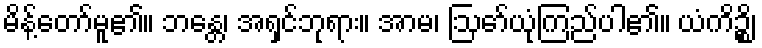
မိန့်တော်မူ၏။ ဘန္တေ၊ အရှင်ဘုရား။ အာမ၊ ဩော်ယုံကြည်ပါ၏။ ယံကိဉ္စိ၊